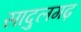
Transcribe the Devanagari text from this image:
सादुलगढ़